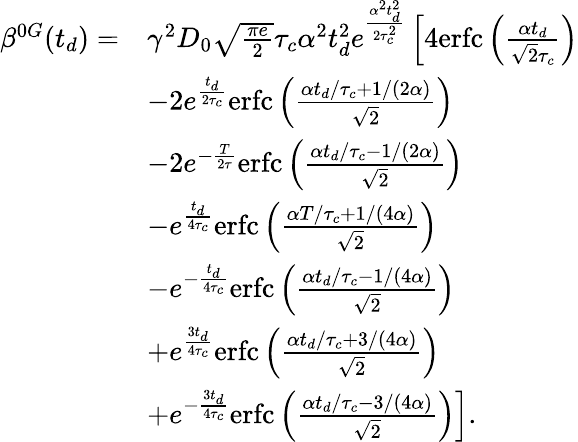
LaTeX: \begin{array}{rl}{\beta^{0G}(t_{d})=}&{\gamma^{2}D_{0}\sqrt{\frac{\pi e}{2}}\tau_{c}\alpha^{2}t_{d}^{2}e^{\frac{\alpha^{2}t_{d}^{2}}{2\tau_{c}^{2}}}\left[4\textrm{erfc}\left(\frac{\alpha t_{d}}{\sqrt{2}\tau_{c}}\right)\right.}\\ &{-2e^{\frac{t_{d}}{2\tau_{c}}}\textrm{erfc}\left(\frac{\alpha t_{d}/\tau_{c}+1/(2\alpha)}{\sqrt{2}}\right)}\\ &{-2e^{-\frac{T}{2\tau}}\textrm{erfc}\left(\frac{\alpha t_{d}/\tau_{c}-1/(2\alpha)}{\sqrt{2}}\right)}\\ &{-e^{\frac{t_{d}}{4\tau_{c}}}\textrm{erfc}\left(\frac{\alpha T/\tau_{c}+1/(4\alpha)}{\sqrt{2}}\right)}\\ &{-e^{-\frac{t_{d}}{4\tau_{c}}}\textrm{erfc}\left(\frac{\alpha t_{d}/\tau_{c}-1/(4\alpha)}{\sqrt{2}}\right)}\\ &{+e^{\frac{3t_{d}}{4\tau_{c}}}\textrm{erfc}\left(\frac{\alpha t_{d}/\tau_{c}+3/(4\alpha)}{\sqrt{2}}\right)}\\ &{\left.+e^{-\frac{3t_{d}}{4\tau_{c}}}\textrm{erfc}\left(\frac{\alpha t_{d}/\tau_{c}-3/(4\alpha)}{\sqrt{2}}\right)\right].}\end{array}